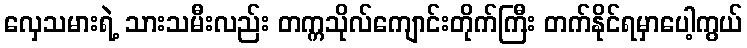
လှေသမားရဲ့ သားသမီးလည်း တက္ကသိုလ်ကျောင်းတိုက်ကြီး တက်နိုင်ရမှာပေါ့ကွယ်